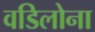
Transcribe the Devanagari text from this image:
वडिलोना